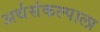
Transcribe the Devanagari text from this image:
अर्थसंकल्पाला